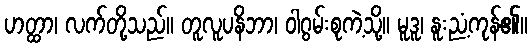
ဟတ္ထာ၊ လက်တို့သည်။ တူလူပနိဘာ၊ ဝါဂွမ်းစုကဲ့သို့။ မူဒူ၊ နူးညံ့ကုန်၏။